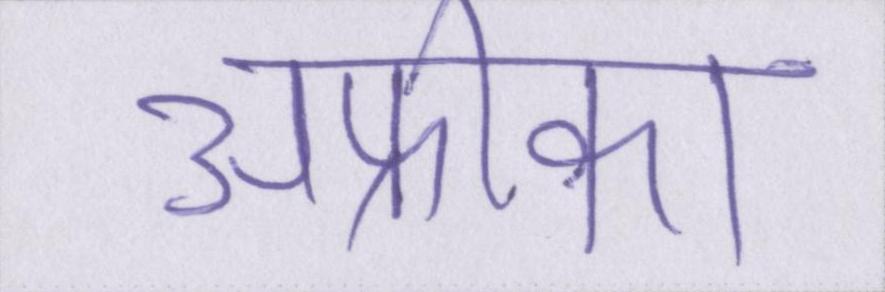
अफ्रीका